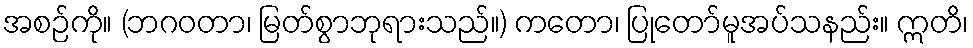
အစဉ်ကို။ (ဘဂဝတာ၊ မြတ်စွာဘုရားသည်။) ကတော၊ ပြုတော်မူအပ်သနည်း။ ဣတိ၊